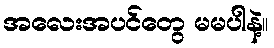
အလေးအပင်တွေ မမပါနဲ့။